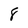
Character: 8